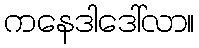
ကနေဒါဒေါ်လာ။